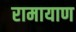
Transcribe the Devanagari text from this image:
रामायाण